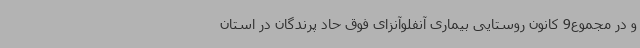
و در مجموع9 کانون روستایی بیماری آنفلوآنزای فوق حاد پرندگان در استان